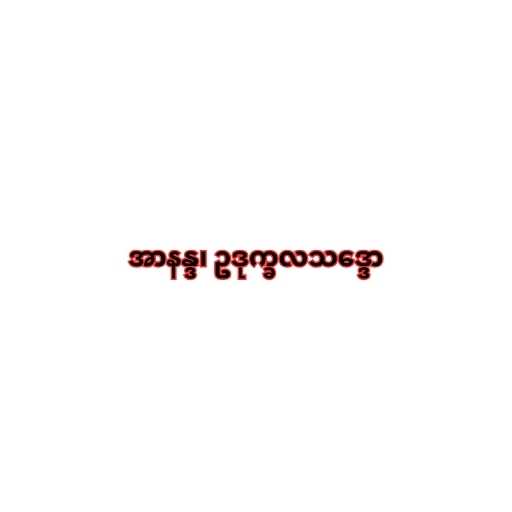
အာနန္ဒ၊ ဥဒုက္ခလသဒ္ဒော